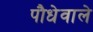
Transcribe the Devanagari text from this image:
पौधेवाले